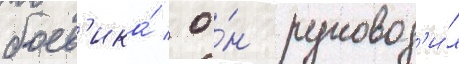
боев'ика́ / о́н руковод'и́л